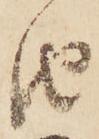
由